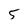
Character: 5